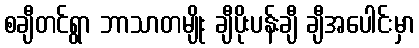
စချီတင်ရွာ ဘာသာတမျိုး ချီပိုးပန်းချီ ချီအပေါင်းမှာ